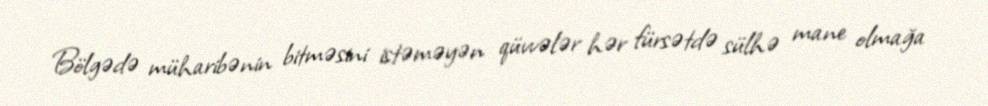
Bölgədə müharibənin bitməsini istəməyən qüvvələr hər fürsətdə sülhə mane olmağa